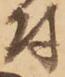
付